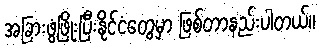
အခြားဖွံ့ဖြိုးပြီးနိုင်ငံတွေမှာ ဖြစ်တာနည်းပါတယ်။